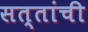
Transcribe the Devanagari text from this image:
सत्तांची